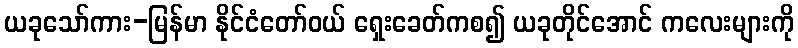
ယခုသော်ကား-မြန်မာ နိုင်ငံတော်ဝယ် ရှေးခေတ်ကစ၍ ယခုတိုင်အောင် ကလေးများကို